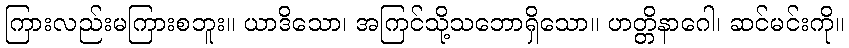
ကြားလည်းမကြားစဘူး။ ယာဒိသော၊ အကြင်သို့သဘောရှိသော။ ဟတ္တိနာဂေါ၊ ဆင်မင်းကို။